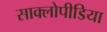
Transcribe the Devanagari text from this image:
साक्लोपीडिया